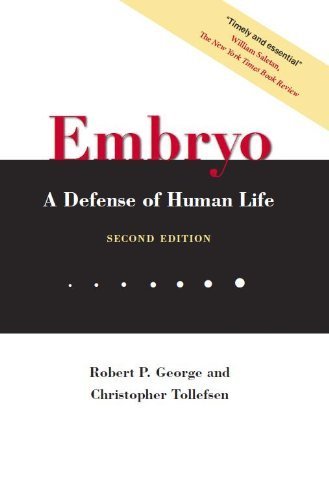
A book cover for Embryo: A Defense of Human Life; Robert P. George; Medical Books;